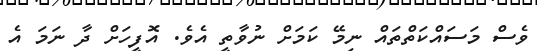
ވެސް މަސައްކަތްތައް ނިމޭ ކަމަށް ނުވާތީ އެވެ. އޮފީހަށް ދާ ނަމަ އެ